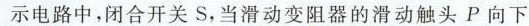
示电路中，闭合开关S，当滑动变阻器的滑动触头P向下